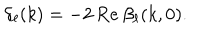
\delta _ { \ell } ( k ) = - 2 \: \mathrm { R e } \: \beta _ { \ell } ( k , 0 ) .